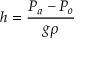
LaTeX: h = { \frac { P _ { a } - P _ { o } } { g \rho } }